Annual statistical returns and brief notes on vaccination in Bengal - 1909-1929
Year: 1909
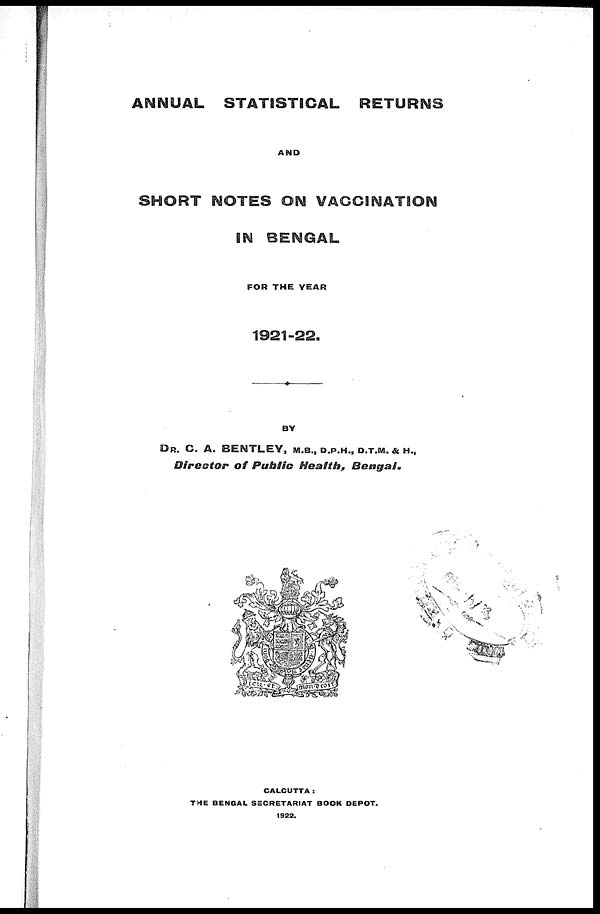
ANNUAL STATISTICAL
RETURNS
AND
SHORT NOTES ON VACCINATION
IN BENGAL
FOR THE YEAR
1921-22.
BY
DR. C. A. BENTLEY, M.B., D.P.H., D.T.M. & H.,
Director
of Public Health,
Bengal.
CALCUTTA:
THE BENGAL SECRETARIAT BOOK DEPOT.
1922.